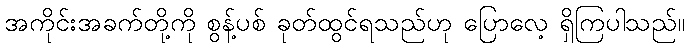
အကိုင်းအခက်တို့ကို စွန့်ပစ် ခုတ်ထွင်ရသည်ဟု ပြောလေ့ ရှိကြပါသည်။